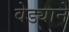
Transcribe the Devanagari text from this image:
वेड्याने